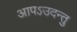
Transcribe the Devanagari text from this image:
आपऽउदन्तु